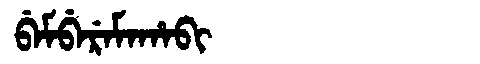
Manchu: ᠪᡝᠮᠪᡝᡵᡝᠮᠠᡥᠠᠪᡳ
Romanization: BEMBEREMAHABI